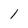
Character: 1